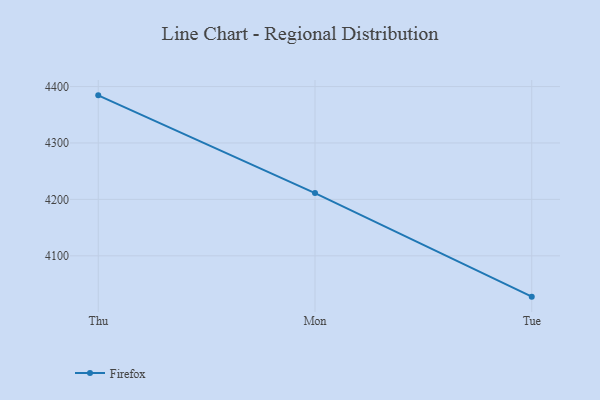
{"axis": {"x": "Day", "y": "Churn Rate (%)"}, "legend": ["Firefox"], "data": [{"x": "Thu", "y": 4384.4, "type": "Firefox"}, {"x": "Mon", "y": 4211.1, "type": "Firefox"}, {"x": "Tue", "y": 4027.6, "type": "Firefox"}]}